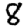
Digit: 8